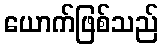
ယောက်ဖြစ်သည်